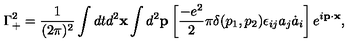
\Gamma _ { + } ^ { 2 } = \frac { 1 } { ( 2 \pi ) ^ { 2 } } \int d t d ^ { 2 } { \bf x } \int d ^ { 2 } { \bf p } \left[ \frac { - e ^ { 2 } } { 2 } \pi \delta ( p _ { 1 } , p _ { 2 } ) \epsilon _ { i j } a _ { j } \dot { a } _ { i } \right] e ^ { i { \bf p } \cdot { \bf x } } ,